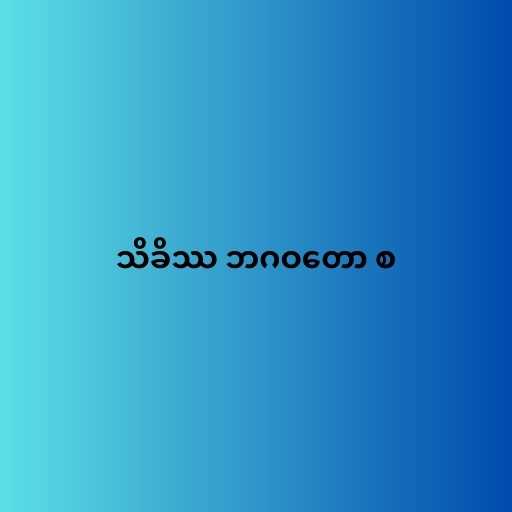
သိခိဿ ဘဂဝတော စ